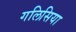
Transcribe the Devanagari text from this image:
गलिसिया